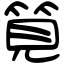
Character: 筧